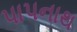
પાપનાથ